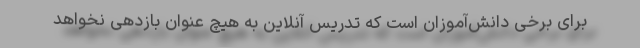
برای برخی دانش‌آموزان است که تدریس آنلاین به هیچ عنوان بازدهی نخواهد